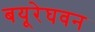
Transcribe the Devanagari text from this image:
बयूरेघवन